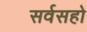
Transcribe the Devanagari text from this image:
सर्वसहो